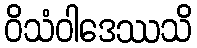
ဝိသံဝါဒေဿသိ